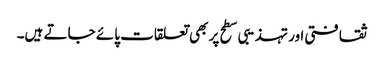
ثقافتی اور تہذیبی سطح پر بھی تعلقات پائے جاتے ہیں۔